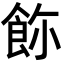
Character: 𩚸